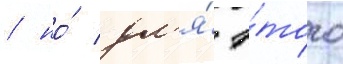
/ но́ дл'я́ э́того